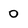
Character: 0